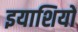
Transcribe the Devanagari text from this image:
इयाशियों